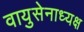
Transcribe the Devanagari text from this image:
वायुसेनाध्यक्ष